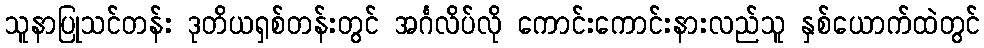
သူနာပြုသင်တန်း ဒုတိယရှစ်တန်းတွင် အင်္ဂလိပ်လို ကောင်းကောင်းနားလည်သူ နှစ်ယောက်ထဲတွင်